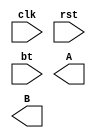
module semaforo(input clk, input rst, input bt,
	output reg [2:0] A, output reg [2:0] B);
	//Insira seu codigo aqui
endmodule